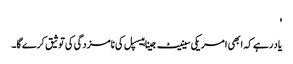
'
یاد رہے کہ ابھی امریکی سینیٹ جینا ہیسپل کی نامزدگی کی توثیق کرے گا۔